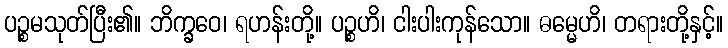
ပဉ္စမသုတ်ပြီး၏။ ဘိက္ခဝေ၊ ရဟန်းတို့။ ပဉ္စဟိ၊ ငါးပါးကုန်သော။ ဓမ္မေဟိ၊ တရားတို့နှင့်။